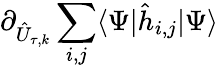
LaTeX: \partial_{\hat{U}_{\tau,k}}\sum_{i,j}\langle\Psi|\hat{h}_{i,j}|\Psi\rangle